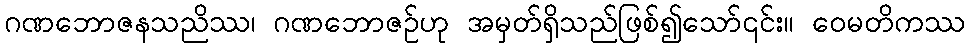
ဂဏဘောဇနသညိဿ၊ ဂဏဘောဇဉ်ဟု အမှတ်ရှိသည်ဖြစ်၍သော်၎င်း။ ဝေမတိကဿ